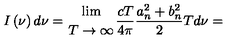
I \left( \nu \right) d \nu = { { \lim } \atop { T \to \infty } } \frac { c T } { 4 \pi } \frac { a _ { n } ^ { 2 } + b _ { n } ^ { 2 } } { 2 } T d \nu =